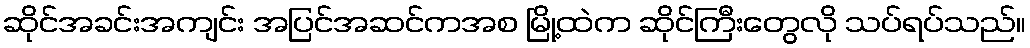
ဆိုင်အခင်းအကျင်း အပြင်အဆင်ကအစ မြို့ထဲက ဆိုင်ကြီးတွေလို သပ်ရပ်သည်။